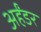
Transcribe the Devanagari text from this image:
अर्हंडर